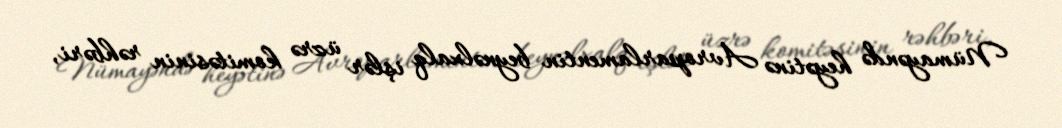
Nümayəndə heyətinə Avroparlamentin beynəlxalq işlər üzrə komitəsinin rəhbəri,